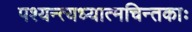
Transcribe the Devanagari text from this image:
पश्यन्त्यध्यात्मचिन्तकाः